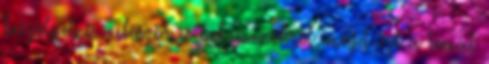
beszélgetni – először a pokémonokról, majd ezt a témát